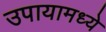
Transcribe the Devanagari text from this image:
उपायामध्ये